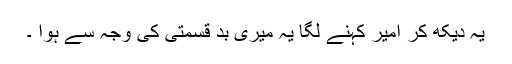
یہ دیکھ کر امیر کہنے لگا یہ میری بد قسمتی کی وجہ سے ہوا ۔